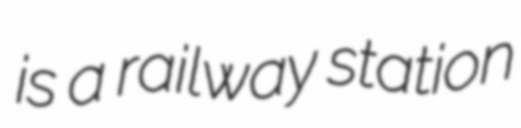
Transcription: is a railway station